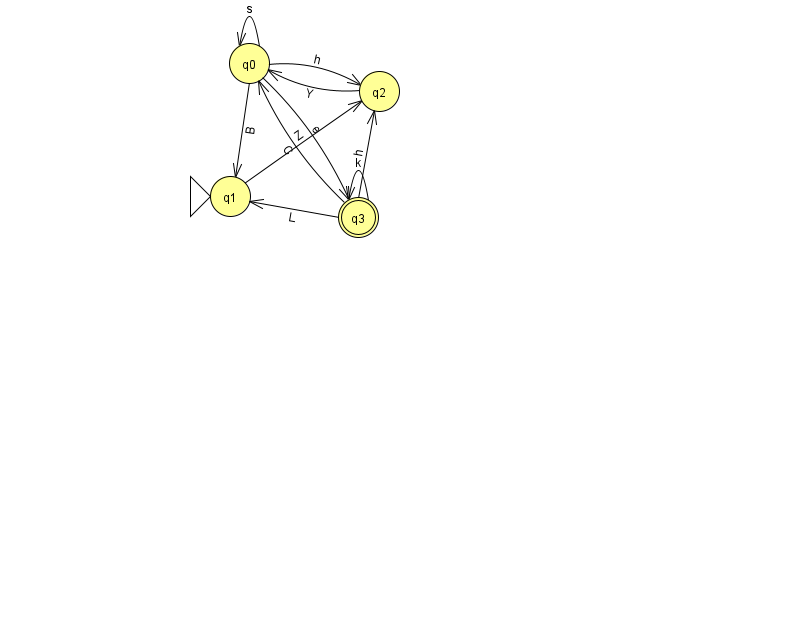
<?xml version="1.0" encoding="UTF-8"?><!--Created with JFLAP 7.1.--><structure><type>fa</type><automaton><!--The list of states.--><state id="0" name="q0"><x>249.0</x><y>50.0</y></state><state id="1" name="q1"><x>230.0</x><y>183.0</y><initial/></state><state id="2" name="q2"><x>379.0</x><y>78.0</y></state><state id="3" name="q3"><x>358.0</x><y>204.0</y><final/></state><!--The list of transitions.--><transition><from>0</from><to>1</to><read>B</read></transition><transition><from>0</from><to>0</to><read>s</read></transition><transition><from>3</from><to>0</to><read>C</read></transition><transition><from>0</from><to>3</to><read>e</read></transition><transition><from>1</from><to>2</to><read>Z</read></transition><transition><from>2</from><to>0</to><read>Y</read></transition><transition><from>0</from><to>2</to><read>h</read></transition><transition><from>3</from><to>2</to><read>h</read></transition><transition><from>3</from><to>3</to><read>k</read></transition><transition><from>3</from><to>1</to><read>L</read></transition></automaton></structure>